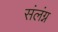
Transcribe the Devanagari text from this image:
संलंग्न